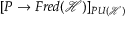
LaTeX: [ P \rightarrow F r e d ( { \mathcal { H } } ) ] _ { P U ( { \mathcal { H } } ) }